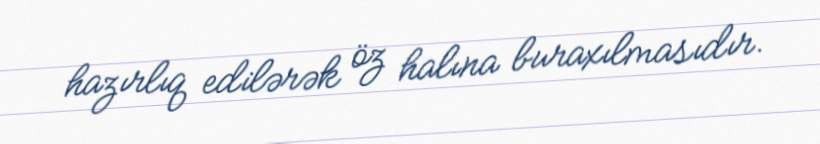
hazırlıq edilərək öz halına buraxılmasıdır.